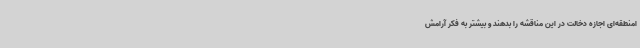
امنطقه‌ای اجازه دخالت در این مناقشه را بدهند و بیشتر به فکر آرامش